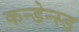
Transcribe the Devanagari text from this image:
कन्डेन्स्ड